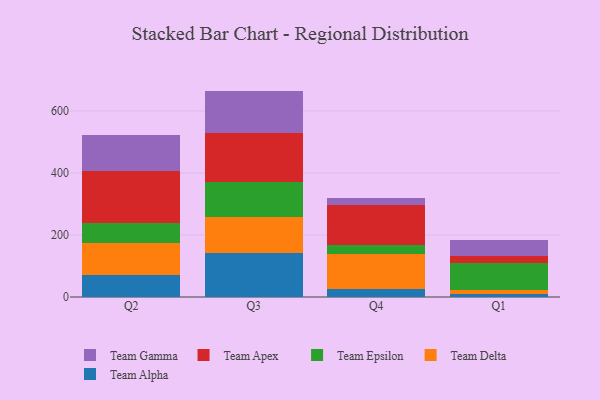
{"axis": {"x": "Quarter", "y": "Budget (USD K)"}, "legend": ["Team Alpha", "Team Apex", "Team Delta", "Team Epsilon", "Team Gamma"], "data": [{"x": "Q2", "y": 70.7, "type": "Team Alpha"}, {"x": "Q2", "y": 102.0, "type": "Team Delta"}, {"x": "Q2", "y": 64.8, "type": "Team Epsilon"}, {"x": "Q2", "y": 170.3, "type": "Team Apex"}, {"x": "Q2", "y": 113.5, "type": "Team Gamma"}, {"x": "Q3", "y": 143.0, "type": "Team Alpha"}, {"x": "Q3", "y": 115.9, "type": "Team Delta"}, {"x": "Q3", "y": 111.0, "type": "Team Epsilon"}, {"x": "Q3", "y": 157.8, "type": "Team Apex"}, {"x": "Q3", "y": 137.0, "type": "Team Gamma"}, {"x": "Q4", "y": 25.1, "type": "Team Alpha"}, {"x": "Q4", "y": 113.0, "type": "Team Delta"}, {"x": "Q4", "y": 28.2, "type": "Team Epsilon"}, {"x": "Q4", "y": 131.1, "type": "Team Apex"}, {"x": "Q4", "y": 23.3, "type": "Team Gamma"}, {"x": "Q1", "y": 9.5, "type": "Team Alpha"}, {"x": "Q1", "y": 14.1, "type": "Team Delta"}, {"x": "Q1", "y": 87.6, "type": "Team Epsilon"}, {"x": "Q1", "y": 20.9, "type": "Team Apex"}, {"x": "Q1", "y": 52.2, "type": "Team Gamma"}]}